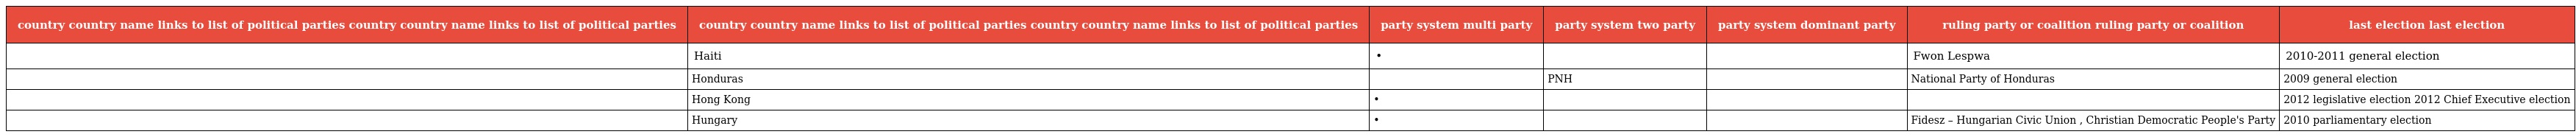
| country country name links to list of political parties country country name links to list of political parties | country country name links to list of political parties country country name links to list of political parties | party system multi party | party system two party | party system dominant party | ruling party or coalition ruling party or coalition | last election last election |
 | --- | --- | --- | --- | --- | --- | --- |
 |  | Haiti | • |  |  | Fwon Lespwa | 2010-2011 general election |
 |  | Honduras |  | PNH |  | National Party of Honduras | 2009 general election |
 |  | Hong Kong | • |  |  |  | 2012 legislative election 2012 Chief Executive election |
 |  | Hungary | • |  |  | Fidesz – Hungarian Civic Union , Christian Democratic People's Party | 2010 parliamentary election |